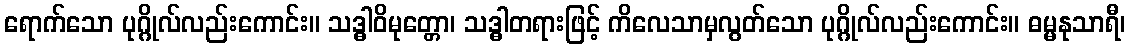
ရောက်သော ပုဂ္ဂိုလ်လည်းကောင်း။ သဒ္ဓါဝိမုတ္တော၊ သဒ္ဓါတရားဖြင့် ကိလေသာမှလွတ်သော ပုဂ္ဂိုလ်လည်းကောင်း။ ဓမ္မနုသာရီ၊